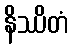
နိဿိတံ